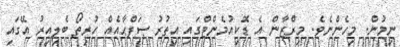
ނިމުން. މިހެންނެވެ. މިރްޒާން އެ ޑޮކިއުމެންޓްގައި އިތުރު ޞަފްޙާއެއް ހުރިތޯ ބެލިއިރު އޭގައި